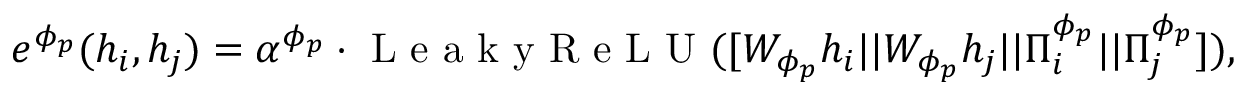
\begin{array} { r } { \begin{array} { r } { e ^ { \phi _ { p } } ( h _ { i } , h _ { j } ) = \alpha ^ { \phi _ { p } } \cdot \mathrm { ~ L ~ e ~ a ~ k ~ y ~ R ~ e ~ L ~ U ~ } ( [ W _ { \phi _ { p } } h _ { i } | | W _ { \phi _ { p } } h _ { j } | | \Pi _ { i } ^ { \phi _ { p } } | | \Pi _ { j } ^ { \phi _ { p } } ] ) , } \end{array} } \end{array}